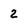
Character: 2